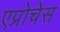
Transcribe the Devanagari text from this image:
एप्रोचेस